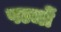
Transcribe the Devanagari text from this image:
पञ्जों